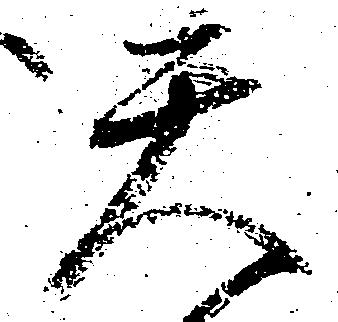
天